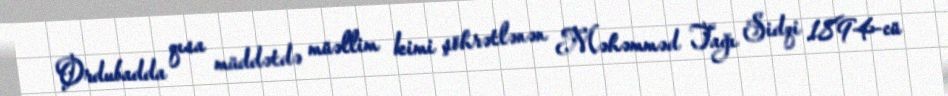
Ordubadda qısa müddətdə müəllim kimi şöhrətlənən Məhəmməd Tağı Sidqi 1894-cü